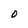
Character: O